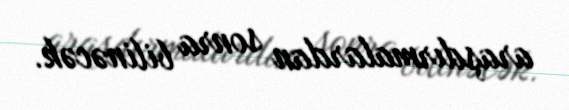
araşdırmalardan sonra bilinəcək.